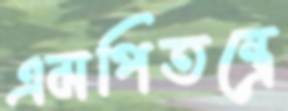
এমপিতন্ত্রে